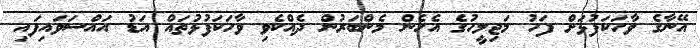
އޭނާގެ ވާހަކަފުޅަށް ފަހު މަޖިލީހުގެ އެހެން މެންބަރުން ދެއްކެވި ވާހަކަފުޅުތައް އަޑު އައްސަވައިފައި